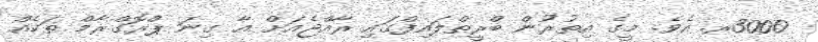
3000ރ. އެވެ. މީގެ އިތުރުން ބްރީތްލައިފްގައި ރާއްޖެއަށް އާ ގިނަ ޕްރޮގްރާމް ތަކެއް